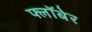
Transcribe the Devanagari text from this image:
फ्लॉबेर